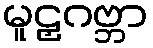
မူဠှဂဗ္ဘာ